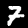
Digit: 7